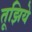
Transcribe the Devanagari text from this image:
तूझिये